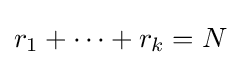
r_{1}+\cdots +r_{k}=N